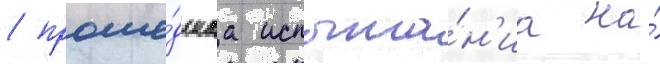
/ проше́дшаа испыта́н'иа на́